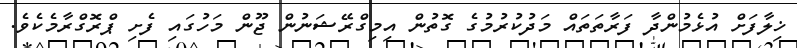
ޚިލާފަށް އުޅެމުންދާ ފަރާތަތައް މަދުކުރުމުގެ ގޮތުން އިމިގްރޭޝަނުން ޖޫން މަހުގައި ފެށި ޕްރޮގްރާމެކެވެ.